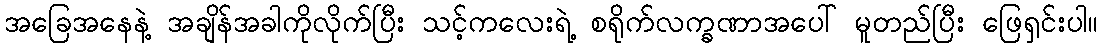
အခြေအနေနဲ့ အချိန်အခါကိုလိုက်ပြီး သင့်ကလေးရဲ့ စရိုက်လက္ခဏာအပေါ် မူတည်ပြီး ဖြေရှင်းပါ။